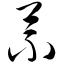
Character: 苤